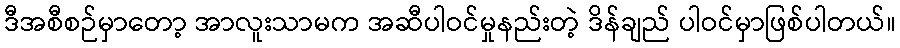
ဒီအစီစဉ်မှာတော့ အာလူးသာမက အဆီပါဝင်မှုနည်းတဲ့ ဒိန်ချည် ပါဝင်မှာဖြစ်ပါတယ်။